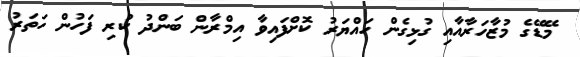
މޭޑޭގެ މުޒާހަރާއާއި ގުޅިގެން ހައްޔަރު ކޮށްފައިވާ އިމްރާން ބަންދު ކުރި ފަހުން ހަތަރު